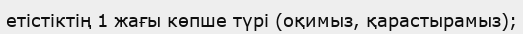
етістіктің 1 жағы көпше түрі (оқимыз, қарастырамыз);